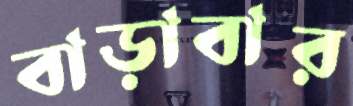
বাড়াবার